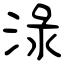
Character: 淥